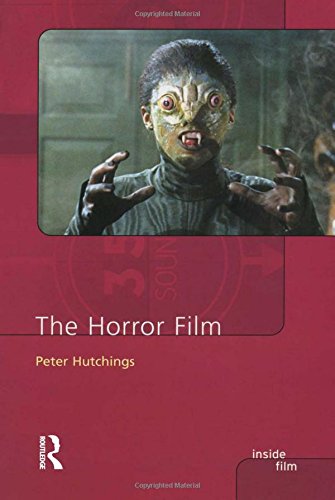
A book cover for The Horror Film; Peter Hutchings; Travel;